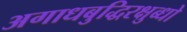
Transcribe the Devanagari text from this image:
अगाधबुद्धिरक्षुब्धो